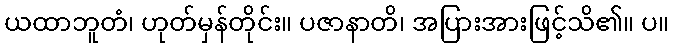
ယထာဘူတံ၊ ဟုတ်မှန်တိုင်း။ ပဇာနာတိ၊ အပြားအားဖြင့်သိ၏။ ပ။